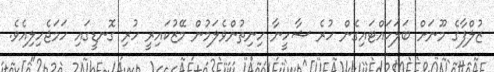
ޒުލްފާގެ މޫނަށް ބަލަހައްޓައިގެން ހުރެ ޝާހީނާ ހިނިތުންވެލަމުން މޭޒުކައިރީ ހުރި ގޮނޑީގައި ހަމަޖެހިލިއެވެ.